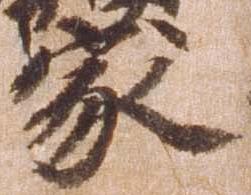
家